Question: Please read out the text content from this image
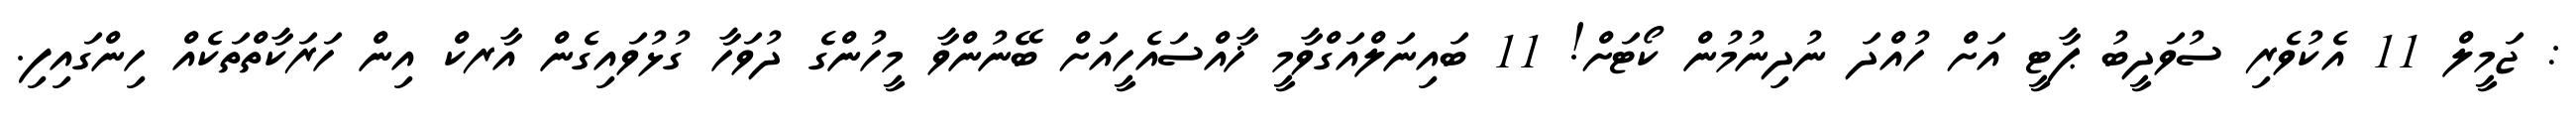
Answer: : ޖަމީލް 11 އެކުވެރި ސުވަދީބު ޕާޓީ އަށް ހުއްދަ ނުދިނުމުން ކޯޓަށް! 11 ބައިނަލްއަގްވާމީ ޚާއްސައެހީއަށް ބޭނުންވާ މީހުންގެ ދުވަހާ ގުޅުވައިގެން އާރކް އިން ހަރަކާތްތަކެއް ހިންގައިފި.